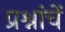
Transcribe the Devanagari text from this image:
प्रश्नांचें